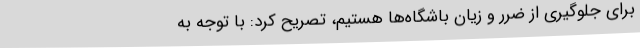
برای جلوگیری از ضرر و زیان باشگاه‌ها هستیم، تصریح کرد: با توجه به